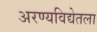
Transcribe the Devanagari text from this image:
अरण्यविद्येतला